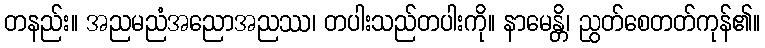
တနည်း။ အညမညံအညောအညဿ၊ တပါးသည်တပါးကို။ နာမေန္တိ၊ ညွတ်စေတတ်ကုန်၏။